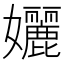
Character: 孋